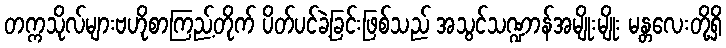
တက္ကသိုလ်များဗဟိုစာကြည့်တိုက် ပိတ်ပင်ခဲ့ခြင်းဖြစ်သည် အသွင်သဏ္ဍာန်အမျိုးမျိုး မန္တလေးတို့ရှိ